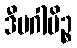
ဒီပဂါမိဉ္စ